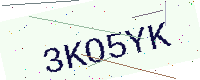
Text: 3KO5YK